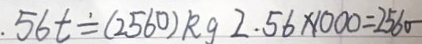
. 5 6 t = ( 2 5 6 0 ) k g 2 . 5 6 \times 1 0 0 0 = 2 5 6 0